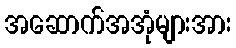
အဆောက်အအုံများအား